Vaccination Hyderabad 1890-1903 - 1890-1903
Year: 1890
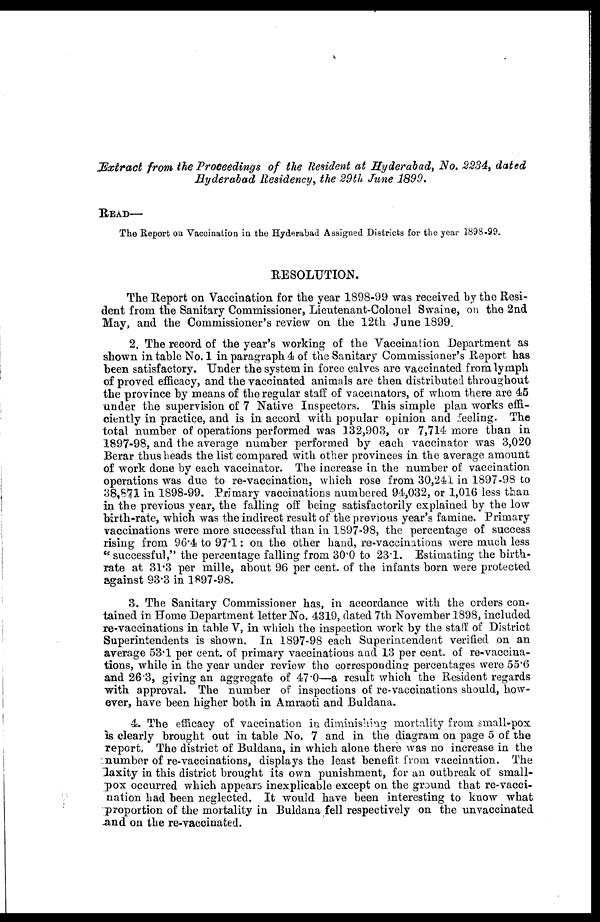
Extract from the Proceedings of the Resident at Hyderabad, No. 2234, dated
Hyderabad Residency, the 29th June 1899.
READ—
The Report on Vaccination in the Hyderabad Assigned Districts for the year 1898-99.
RESOLUTION.
The Report on Vaccination for the year 1898-99 was received by the Resi-
dent from the Sanitary Commissioner, Lieutenant-Colonel Swaine, on the 2nd
May, and the Commissioner's review on the 12th June 1899.
2. The record of the year's working of the Vaccination Department as
shown in table No. 1 in paragraph 4 of the Sanitary Commissioner's Report has
been satisfactory. Under the system in force calves are vaccinated from lymph
of proved efficacy, and the vaccinated animals are then distributed throughout
the province by means of the regular staff of vaccinators, of whom there are 45
under the supervision of 7 Native Inspectors. This simple plan works effi-
ciently in practice, and is in accord with popular opinion and feeling. The
total number of operations performed was 132,903, or 7,714 more than in
1897-98, and the average number performed by each vaccinator was 3,020
Berar thus heads the list compared with other provinces in the average amount
of work done by each vaccinator. The increase in the number of vaccination
operations was due to re-vaccination, which rose from 30,241 in 1897-98 to
38,871 in 1898-99. Primary vaccinations numbered 94,032, or 1,016 less than
in the previous year, the falling off being satisfactorily explained by the low
birth-rate, which was the indirect result of the previous year's famine. Primary
vaccinations were more successful than in 1897-98, the percentage of success
rising from 96.4 to 97.1: on the other hand, re-vaccinations were much less
"successful," the percentage falling from 30.0 to 23.1. Estimating the birth-
rate at 31.3 per mille, about 96 per cent. of the infants born were protected
against 93.3 in 1897-98.
3. The Sanitary Commissioner has, in accordance with the orders con-
tained in Home Department letter No. 4319, dated 7th November 1898, included
re-vaccinations in table V, in which the inspection work by the staff of District
Superintendents is shown. In 1897-98 each Superintendent verified on an
average 53.1 per cent. of primary vaccinations and 13 per cent. of re-vaccina-
tions, while in the year under review the corresponding percentages were 55.6
and 26.3, giving an aggregate of 47.0—a result which the Resident regards
with approval. The number of inspections of re-vaccinations should, how-
ever, have been higher both in Amraoti and Buldana.
4. The efficacy of vaccination in diminishing mortality from small-pox
is clearly brought out in table No. 7 and in the diagram on page 5 of the
report. The district of Buldana, in which alone there was no increase in the
number of re-vaccinations, displays the least benefit from vaccination. The
laxity in this district brought its own punishment, for an outbreak of small-
pox occurred which appears inexplicable except on the ground that re-vacci-
nation had been neglected. It would have been interesting to know what
proportion of the mortality in Buldana fell respectively on the unvaccinated
-and on the re-vaccinated.